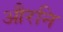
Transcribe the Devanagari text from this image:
औरनि